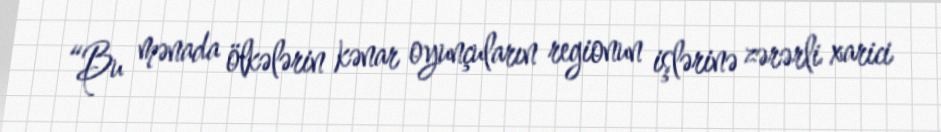
“Bu mənada ölkələrin kənar oyunçuların regionun işlərinə zərərli xarici